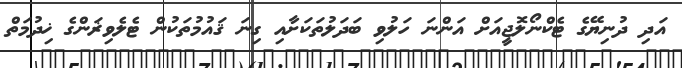
އަދި ދުނިޔޭގެ ޓެކްނޯލޮޖީއަށް އަންނަ ހަލުވި ބަދަލުތަކަށާއި ގިނަ ޤައުމުތަކުން ޓެލެވިޜަންގެ ޚިދުމަތް